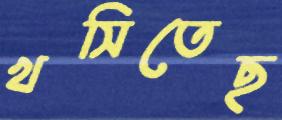
খসিতেছ